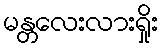
မန္တလေးလားရှိုး